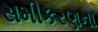
સમીકરણના